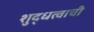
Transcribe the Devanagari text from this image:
शुद्धत्वाची